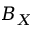
B _ { X }